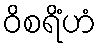
ဝိစရိံဟံ